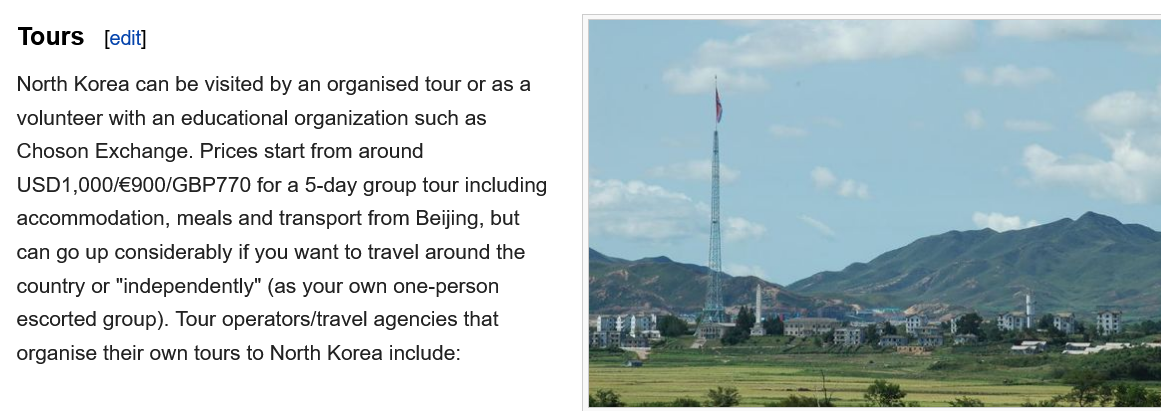
Tours    [edit]
  North Korea can be visited by an organised tour or as a
  volunteer with an educational organization such as
  Choson  Exchange. Prices start from around
  USD1,000/€900/GBP770  for  a 5-day group tour including
  accommodation,  meals and transport from Beijing, but
  can go up considerably if you want to travel around the
  country or "independently" (as your own one-person
  escorted group). Tour operators/travel agencies that
  organise their own tours to North Korea include: